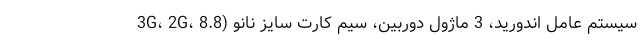
3G، 2G، سیستم عامل اندورید، 3 ماژول دوربین، سیم کارت سایز نانو (8.8